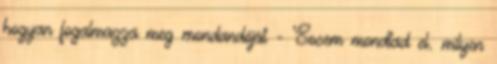
hogyan fogalmazza meg mondandóját - Sosem mondtad el. milyen